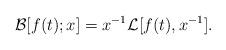
LaTeX: \begin{align*}\mathcal{B}[f(t); x] = x^{-1} \mathcal{L}[f(t), x^{-1}].\end{align*}